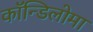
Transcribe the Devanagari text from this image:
कॉन्डिलोमा